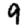
Digit: 9